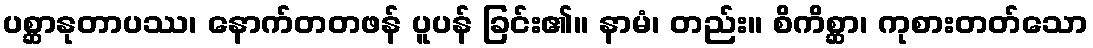
ပစ္ဆာနုတာပဿ၊ နောက်တတဖန် ပူပန် ခြင်း၏။ နာမံ၊ တည်း။ စိကိစ္ဆာ၊ ကုစားတတ်သော